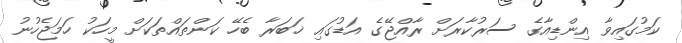
ކަމުގައިވާ އިންޑިއާގެ ސަރުކާރަށް ރާއްޖޭގެ އަޑުގައި ޚަބަރާ ބެހޭ ކަންތައްތަކަށް މީހަކު ހަމަޖެހުނު